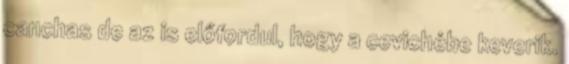
canchas de az is előfordul, hogy a cevichébe keverik.